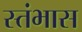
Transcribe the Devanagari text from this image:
स्तंभास